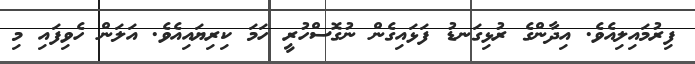
ފިރުމައިލިއެވެ. އިދާންގެ ރުޅިގަނޑު ފަޅައިގެން ނުގޮސްހުރީ ހަމަ ކިރިޔައިއެވެ. އަލަން ހެވިފައި މި